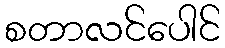
စတာလင်ပေါင်